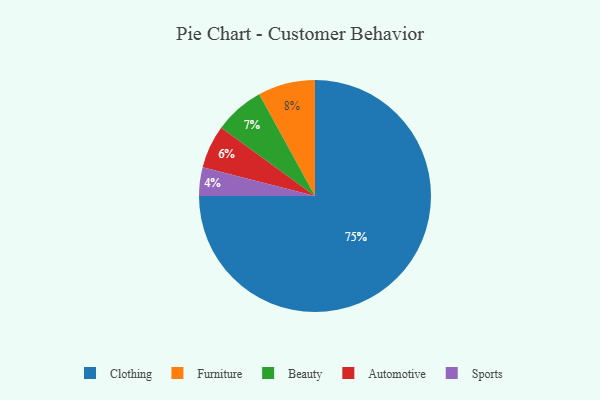
{"axis": {"x": "Category", "y": "Percentage"}, "legend": ["Automotive", "Beauty", "Clothing", "Furniture", "Sports"], "data": [{"x": "Clothing", "y": 75, "type": "Clothing"}, {"x": "Beauty", "y": 7, "type": "Beauty"}, {"x": "Automotive", "y": 6, "type": "Automotive"}, {"x": "Sports", "y": 4, "type": "Sports"}, {"x": "Furniture", "y": 8, "type": "Furniture"}]}